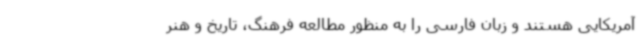
آمریکایی هستند و زبان فارسی را به منظور مطالعه فرهنگ، تاریخ و هنر